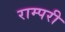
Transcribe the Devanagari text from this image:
राम्परी